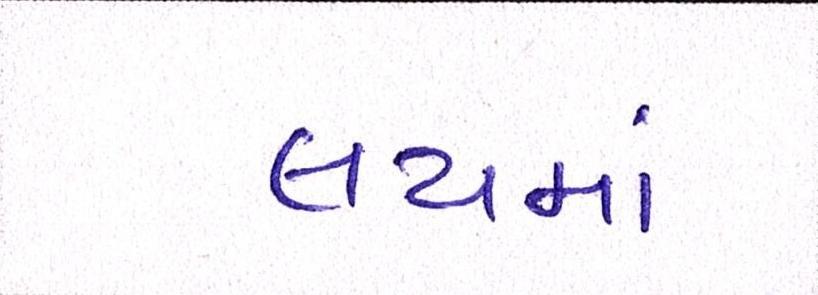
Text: લયમાં